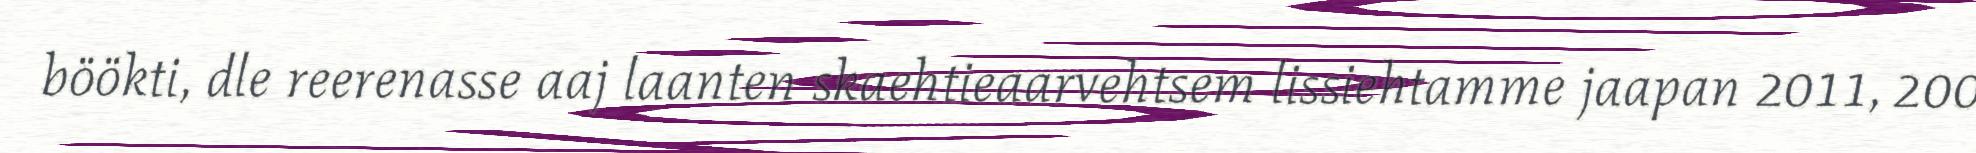
böökti, dle reerenasse aaj laanten skaehtieaarvehtsem lissiehtamme jaapan 2011, 200